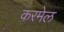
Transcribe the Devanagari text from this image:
करमेल